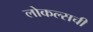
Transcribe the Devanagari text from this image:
लोकल्सची